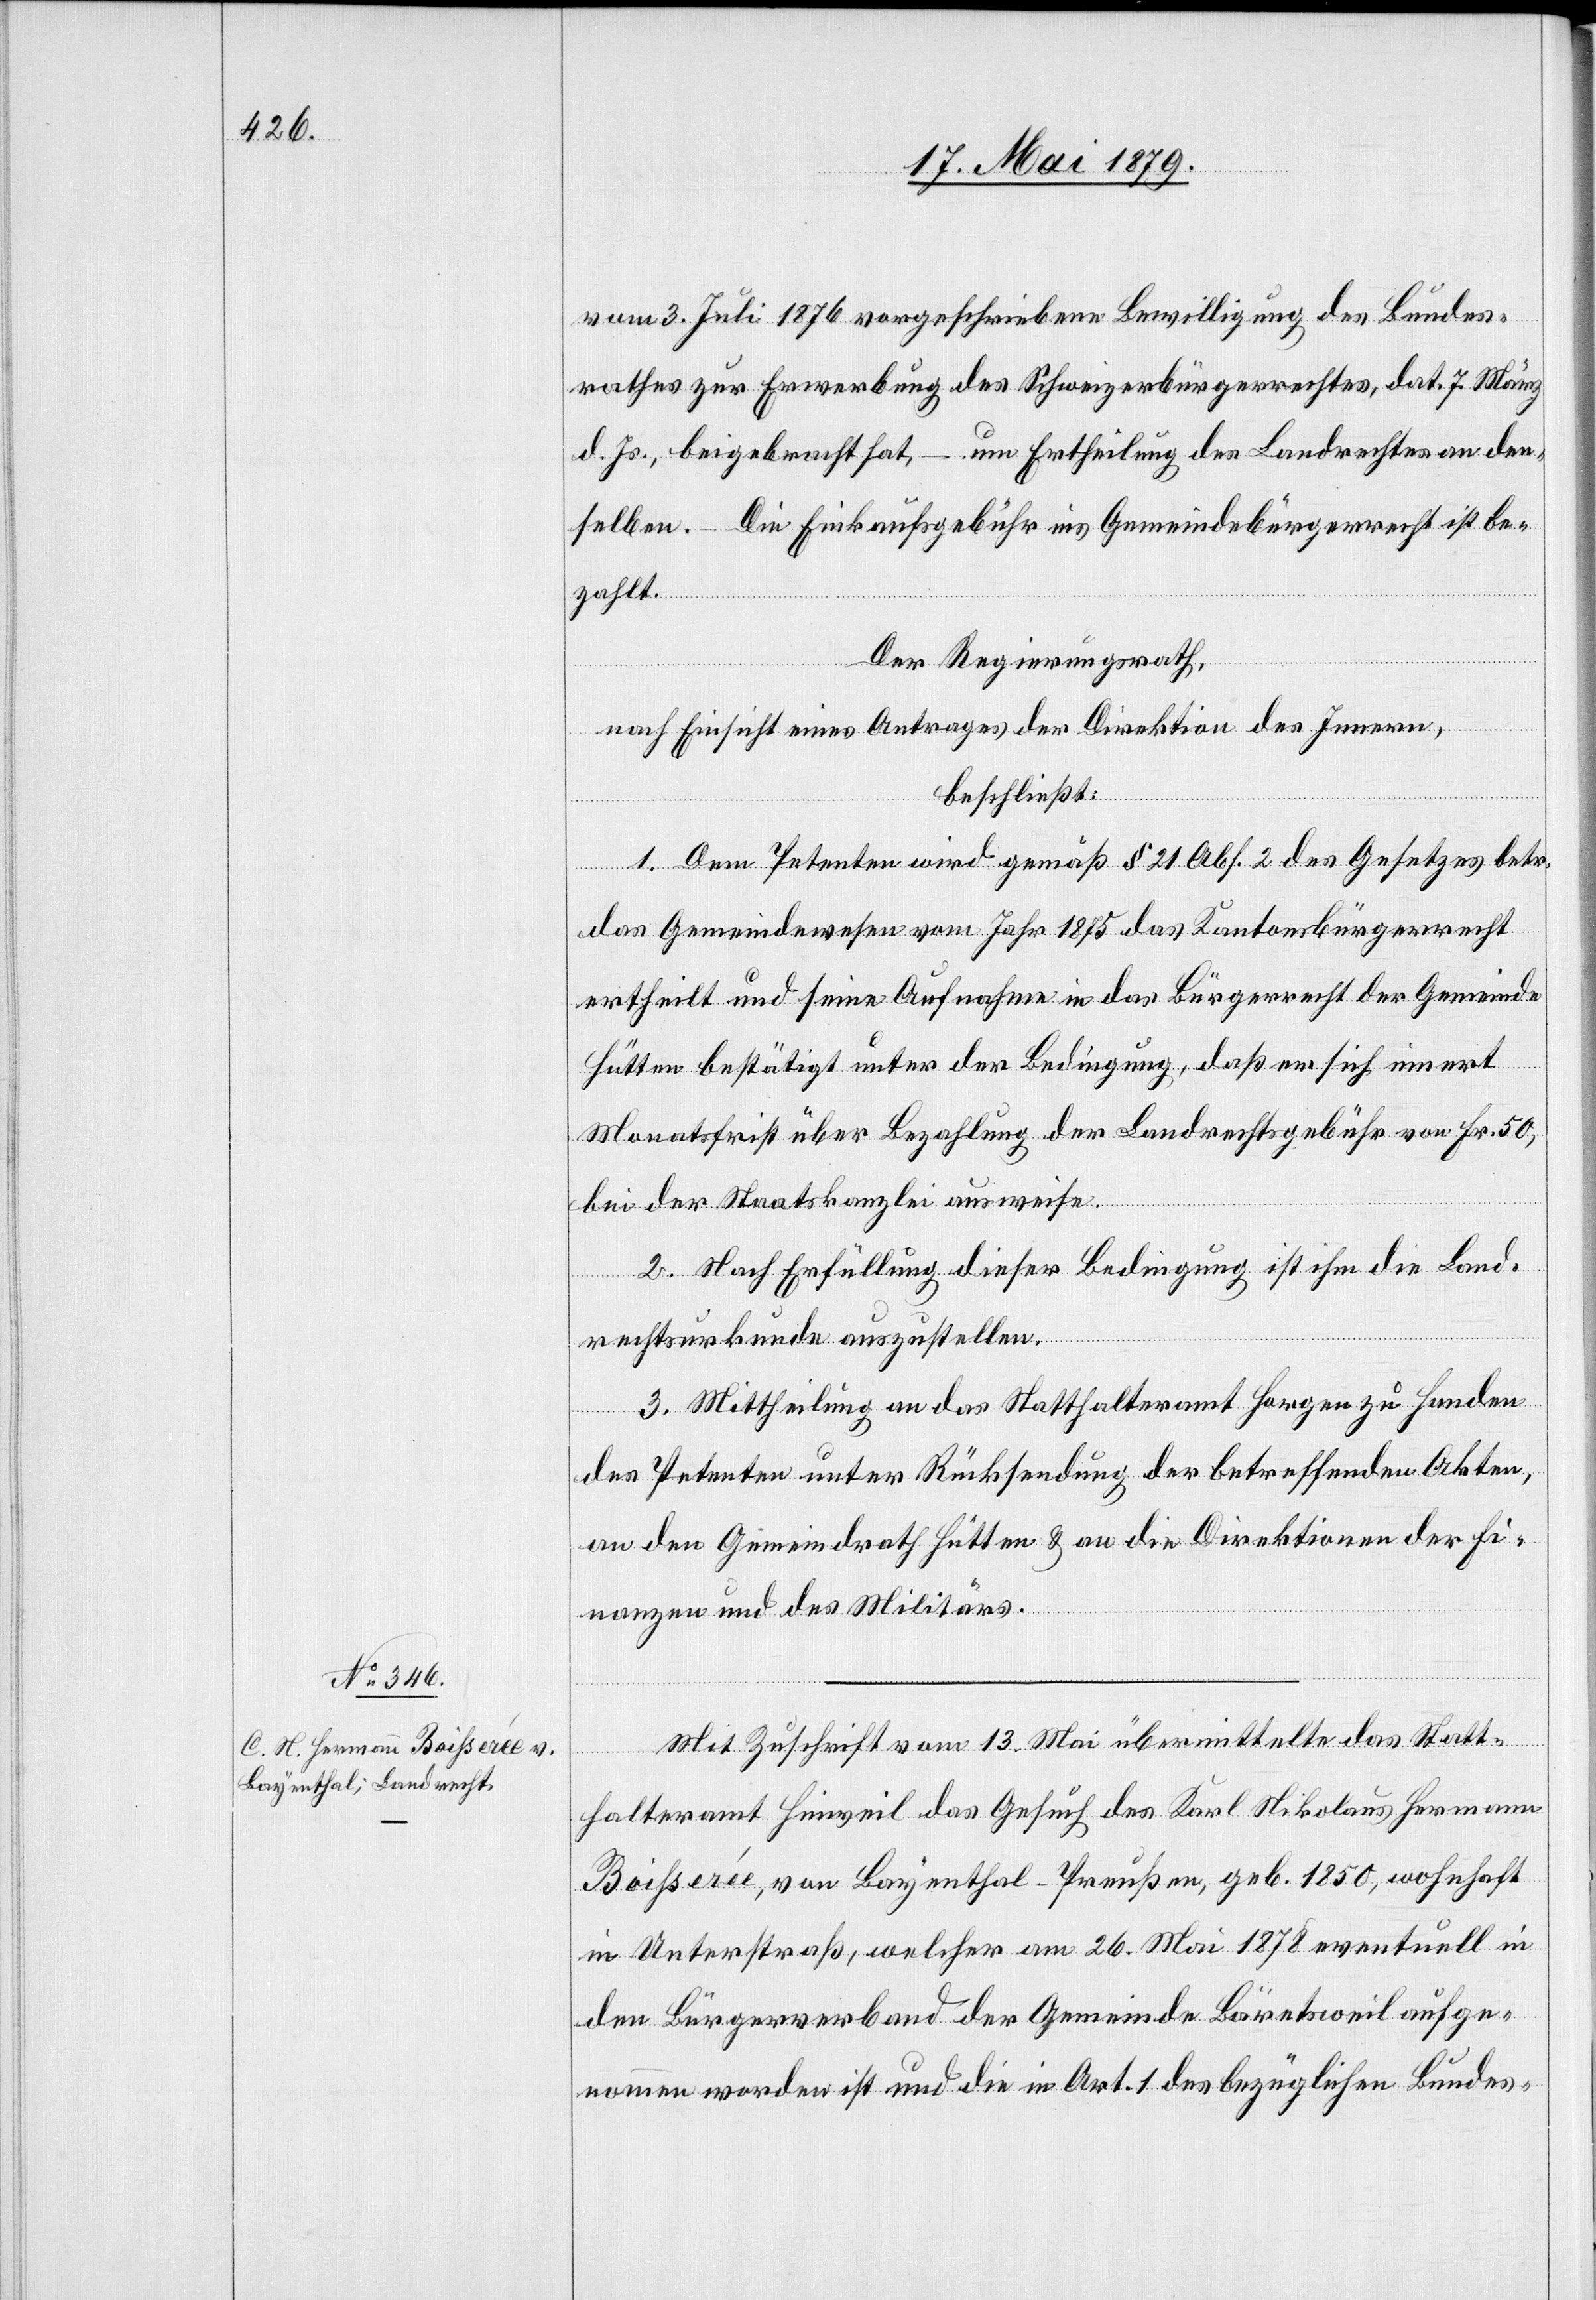
vom 3. Juli 1876 vorgeschriebene Bewilligung des Bundes¬
rathes zur Erwerbung des Schweizerbürgerrechtes, dat. 7. März
d. Js., beigebracht hat, – um Ertheilung des Landrechtes an den¬
selben. – Die Einkaufsgebühr ins Gemeindebürgerrecht ist be¬
zahlt.
Der Regierungsrath,
nach Einsicht eines Antrages der Direktion des Innern,
beschließt:
1. Dem Petenten wird gemäß § 21 Abs. 2 des Gesetzes betr.
das Gemeindewesen vom Jahr 1875 das Kantonsbürgerrecht
ertheilt und seine Aufnahme in das Bürgerrecht der Gemeinde
Hütten bestätigt unter der Bedingung, daß er sich innert
Monatsfrist über Bezahlung der Landrechtsgebühr von Fr. 50,
bei der Staatskanzlei ausweise.
2. Nach Erfüllung dieser Bedingung ist ihm die Land¬
rechtsurkunde auszustellen.
3. Mittheilung an das Statthalteramt Horgen zu Handen
des Petenten unter Rücksendung der betreffenden Akten,
an den Gemeindrath Hütten & an die Direktionen der Fi¬
nanzen und des Militärs.
Mit Zuschrift vom 13. Mai übermittelte das Statt¬
halteramt Hinweil das Gesuch des Karl Nikolaus Hermann
Boihserée, von Bayenthal - Preußen, geb. 1850, wohnhaft
in Unterstraß, welcher am 26. Mai 1878 eventuell in
den Bürgerverband der Gemeinde Bäretsweil aufge¬
nommen worden ist und die in Art. 1 des bezüglichen Bundes-